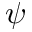
\psi